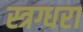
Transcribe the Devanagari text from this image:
स्त्रग्धरा